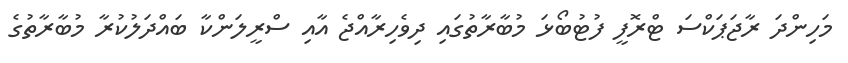
މަހިންދަ ރާޖަޕަކްސަ ޓްރޮފީ ފުޓުބޯޅަ މުބާރާތުގައި ދިވެހިރާއްޖެ އާއި ސްރީލަންކާ ބައްްދަލުކުރާ މުބާރާތުގެ